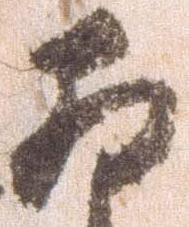
卯